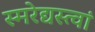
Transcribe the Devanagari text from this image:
स्मरेद्यस्त्वां